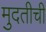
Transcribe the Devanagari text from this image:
मुदतीची